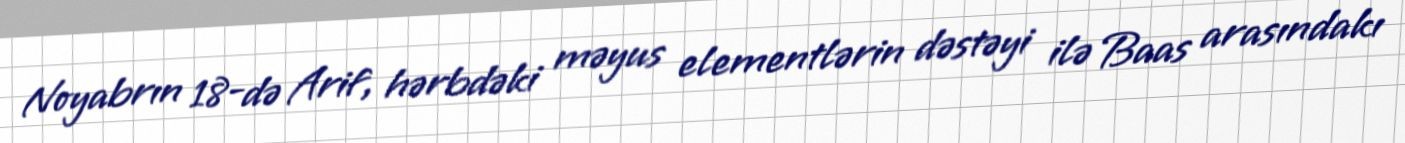
Noyabrın 18-də Arif, hərbdəki məyus elementlərin dəstəyi ilə Baas arasındakı